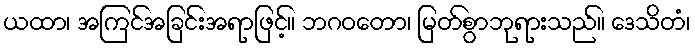
ယထာ၊ အကြင်အခြင်းအရာဖြင့်။ ဘဂဝတော၊ မြတ်စွာဘုရားသည်။ ဒေသိတံ၊